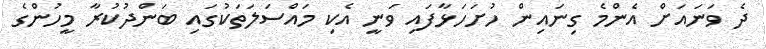
ދެ ވަނައަށް އެންމެ ގިނައިން ހުށަހަޅާފައި ވަނީ އެކި މައްސަލަތަކުގައި ބަންދުކުރާ މީހުންގެ